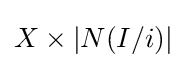
X\times |N(I/i)|